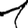
Digit: 1